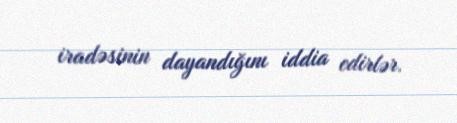
iradəsinin dayandığını iddia edirlər.